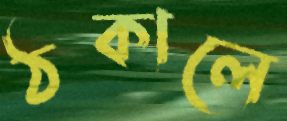
ঠকালে